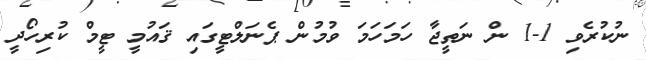
ނުކުރެވި 1-1 ން ނަތީޖާ ހަމަހަމަ ވުމުން ޕެނަލްޓީގައި ޤައުމީ ޓީމް ކުރިހޯދީ